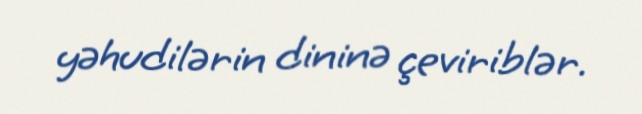
yəhudilərin dininə çeviriblər.